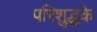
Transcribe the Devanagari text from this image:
परिशुद्धके